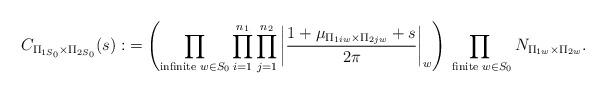
LaTeX: \begin{align*}C_{\Pi_{1S_0} \times \Pi_{2S_0}}(s):&=\left(\prod_{\textrm{infinite }w \in S_0} \prod_{i=1}^{n_1}\prod_{j=1}^{n_2}\left|\frac{1+\mu_{\Pi_{1iw} \times \Pi_{2jw}}+s}{2\pi}\right|_w\right)\prod_{\textrm{ finite }w \in S_0} N_{\Pi_{1w} \times \Pi_{2w}}.\end{align*}